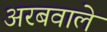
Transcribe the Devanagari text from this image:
अरबवाले